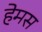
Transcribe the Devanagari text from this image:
हेमस